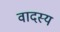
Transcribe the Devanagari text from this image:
वादस्य